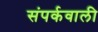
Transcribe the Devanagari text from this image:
संपर्कवाली